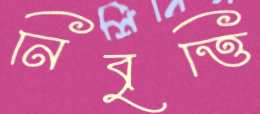
নিবৃত্তি